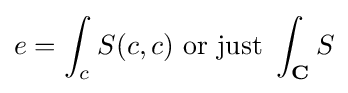
e=\int _{c}^{}S(c,c){\text{ or just }}\int _{\mathbf {C} }^{}S